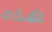
هذه